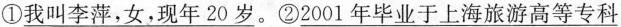
①\underline{我叫李萍，女，现年20岁}。②\underline{2001年毕业于上海旅游高等专科}